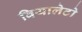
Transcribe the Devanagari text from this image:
वियालेटो